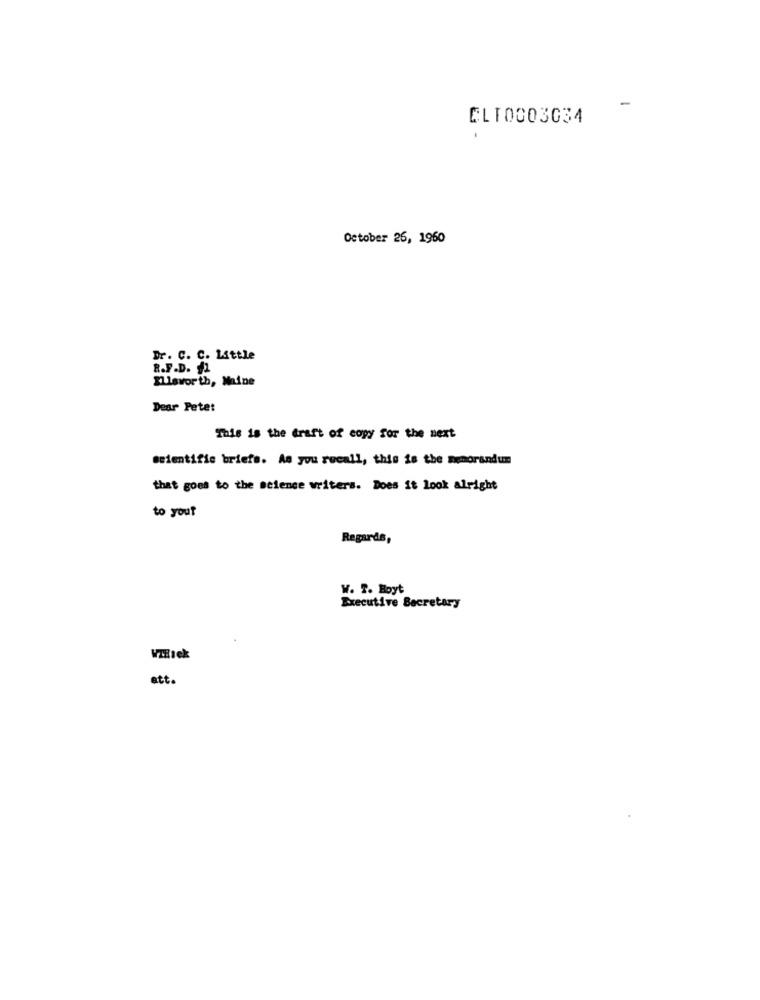
-
CLT0003034
-
October 26, 1960
Dr . C. C. Little
R.F.D. f2
Ellsworth, Maine
Dear Pete:
This is the draft of copy for the next
scientific briefs. As you recall, this is the memorandum
that goes to the science writers. Does it Look alright
to you?
Regards,
W. 2. Boyt
Executive Secretary
att.